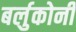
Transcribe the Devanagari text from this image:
बर्लुकोनी